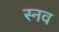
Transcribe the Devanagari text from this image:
स्नव